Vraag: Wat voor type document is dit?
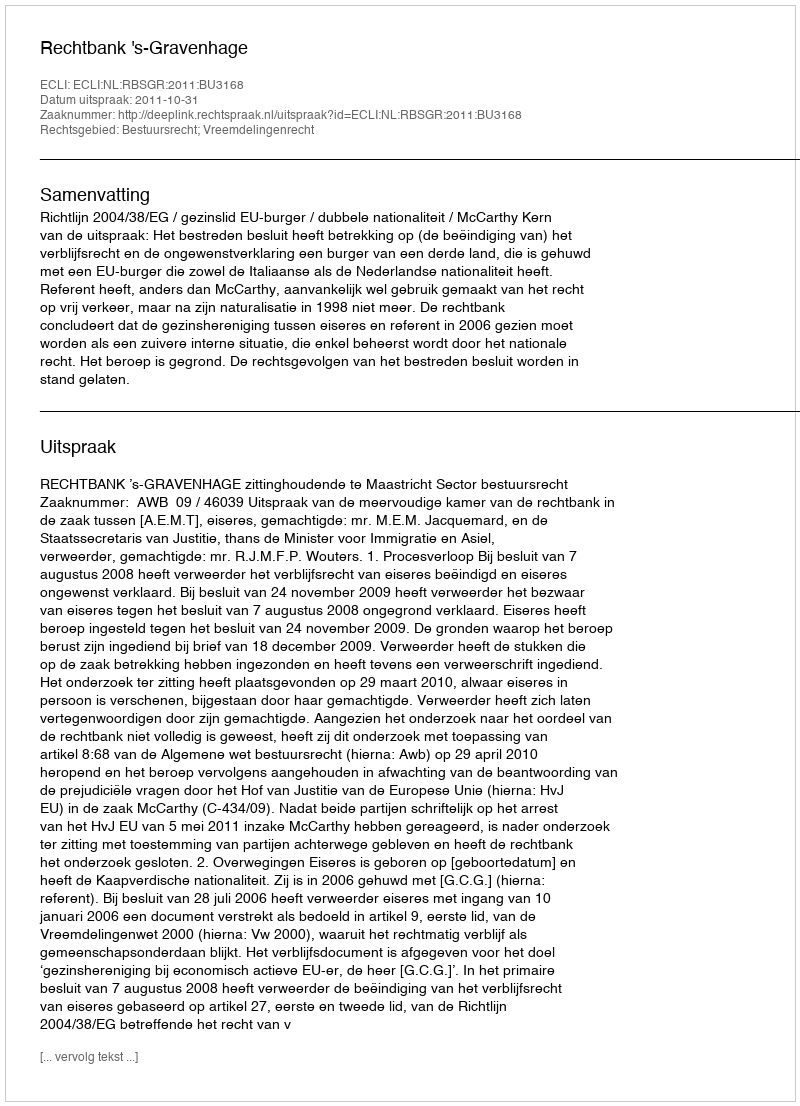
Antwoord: Uitspraak